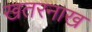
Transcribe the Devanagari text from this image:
खतरनाख